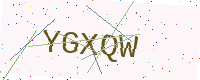
Text: YGXQW